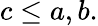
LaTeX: c\leq a,b.